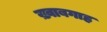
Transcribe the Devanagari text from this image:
ख़्वाबगाह